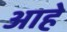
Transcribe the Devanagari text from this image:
आहेे